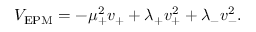
V _ { \mathrm { E P M } } = - \mu _ { + } ^ { 2 } v _ { + } + \lambda _ { + } v _ { + } ^ { 2 } + \lambda _ { - } v _ { - } ^ { 2 } .